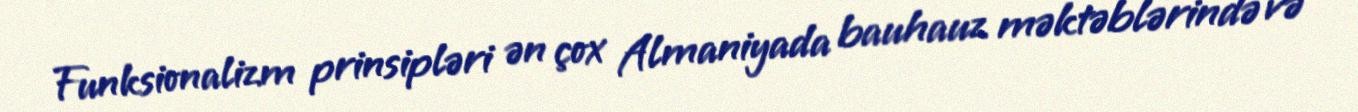
Funksionalizm prinsipləri ən çox Almaniyada bauhauz məktəblərində və